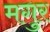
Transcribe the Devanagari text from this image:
मगुर